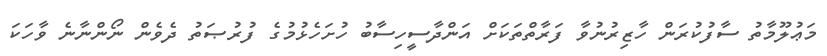
މަޢުލޫމާތު ސާފުކުރަން ހާޒިރުނުވާ ފަރާތްތަކަށް އަންދާސީހިސާބު ހުށަހެޅުމުގެ ފުރުޞަތު ދެވެން ނޯންނާނެ ވާހަކަ